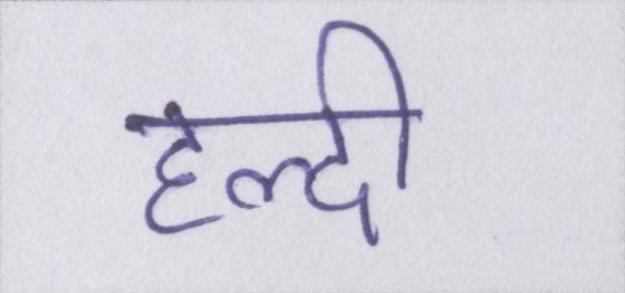
हल्दी